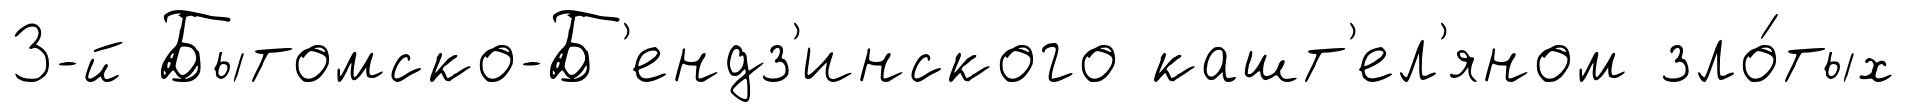
3-й Бытомско-Б'ендз'инского кашт'ел'яном зло́тых